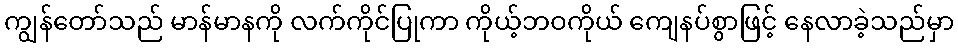
ကျွန်တော်သည် မာန်မာနကို လက်ကိုင်ပြုကာ ကိုယ့်ဘဝကိုယ် ကျေနပ်စွာဖြင့် နေလာခဲ့သည်မှာ